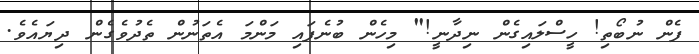
ފެން ނުބޯތި! ހީސްލައިގެން ނިދާނީ!" މިހެން ބުނެފައި މަންމަ އެތަނުން ތެދުވެގެން ދިޔައެވެ.